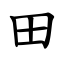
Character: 田